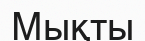
Мықты